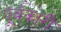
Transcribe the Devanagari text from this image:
पूर्वकारी